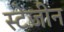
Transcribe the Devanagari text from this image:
स्टेजीन